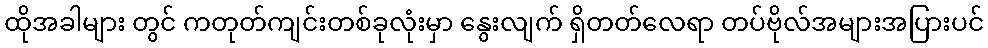
ထိုအခါများ တွင် ကတုတ်ကျင်းတစ်ခုလုံးမှာ နွေးလျက် ရှိတတ်လေရာ တပ်ဗိုလ်အများအပြားပင်